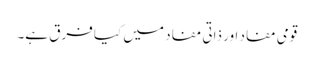
قومی مفاد اور ذاتی مفاد میں کیا فرق ہے۔